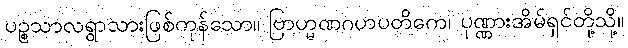
ပဉ္စသာလရွာသားဖြစ်ကုန်သော။ ဗြာဟ္မဏဂဟပတိကေ၊ ပုဏ္ဏားအိမ်ရှင်တို့သို့။